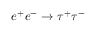
e ^ { + } e ^ { - } \to \tau ^ { + } \tau ^ { - }